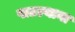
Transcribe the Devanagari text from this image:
पाटल्याना